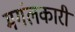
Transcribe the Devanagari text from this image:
मगंलकारी